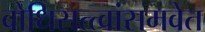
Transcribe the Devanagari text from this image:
बोधिसत्त्वांसमवेत